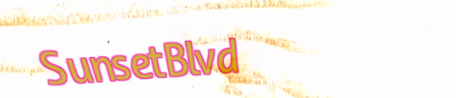
SunsetBlvd